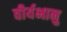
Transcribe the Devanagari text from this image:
वीर्यभानु